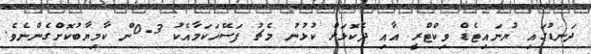
ދަނޑުގައި ޔުނައިޓެޑް ވިކްޓްރީ އާއި ދެކޮޅަށް ކުޅުނު މެޗު ފަސޭހަކަމާއެކު 3-0ން ކާމިޔާބުކޮށްގެންނެވެ.